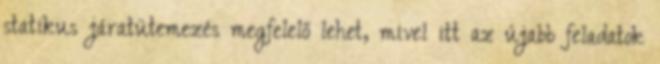
statikus járatütemezés megfelelő lehet, mivel itt az újabb feladatok